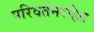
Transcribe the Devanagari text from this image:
परिवर्तनरहित